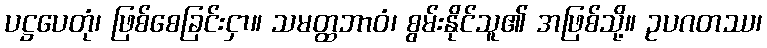
ပဋ္ဌပေတုံ၊ ဖြစ်စေခြင်းငှာ။ သမတ္ထဘာဝံ၊ စွမ်းနိုင်သူ၏ အဖြစ်သို့။ ဥပဂတဿ၊